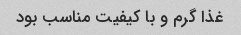
غذا گرم و با کیفیت مناسب بود